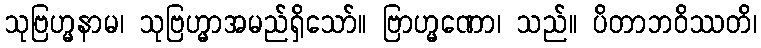
သုဗြဟ္မနာမ၊ သုဗြဟ္မာအမည်ရှိသော်။ ဗြာဟ္မဏော၊ သည်။ ပိတာဘဝိဿတိ၊